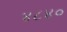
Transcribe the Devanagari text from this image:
४८४०